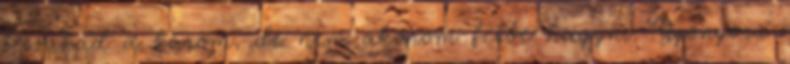
leszakad a karom, de nem akarom félbe hagyni. Gyönyörű